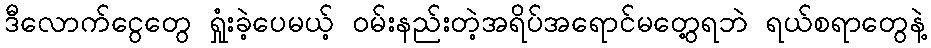
ဒီလောက်ငွေတွေ ရှုံးခဲ့ပေမယ့် ဝမ်းနည်းတဲ့အရိပ်အရောင်မတွေ့ရဘဲ ရယ်စရာတွေနဲ့